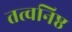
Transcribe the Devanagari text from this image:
तत्वनिष्ठ